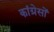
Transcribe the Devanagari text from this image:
कांग्रेसों